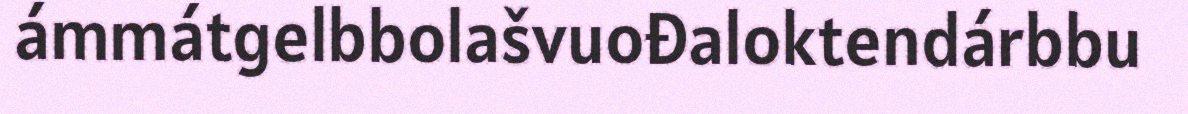
ámmátgelbbolašvuođaloktendárbbu